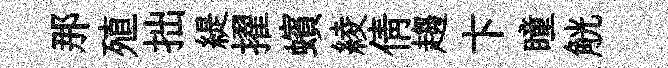
那殖拙緹擢蠙綾倩趨卞瞳觥